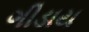
ગીડાય